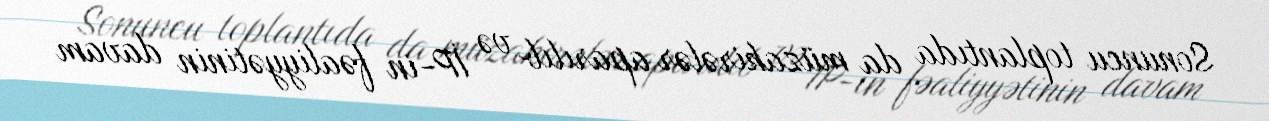
Sonuncu toplantıda da müzakirələr aparılıb və İP-in fəaliyyətinin davam